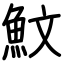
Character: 魰